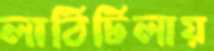
লাঠিটিলায়